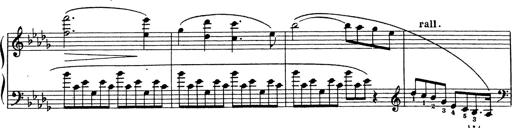
Title: Grosses Konzertsolo
Composer: Franz Liszt